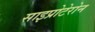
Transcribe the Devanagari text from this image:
साइप्रोटेरोन